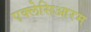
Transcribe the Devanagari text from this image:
एक्लेसिआरम